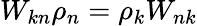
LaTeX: W_{kn}\rho_{n}=\rho_{k}W_{nk}